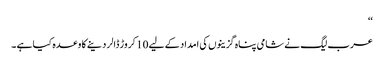
‘‘
عرب لیگ نے شامی پناہ گزینوں کی امداد کے لیے 10 کروڑ ڈالر دینے کا وعدہ کیا ہے ۔